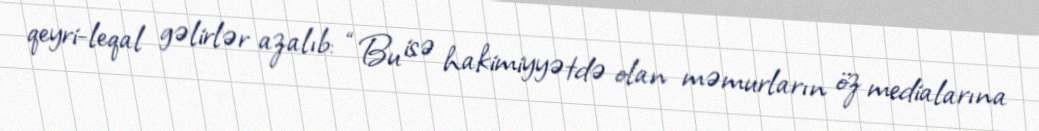
qeyri-leqal gəlirlər azalıb: “Bu isə hakimiyyətdə olan məmurların öz medialarına